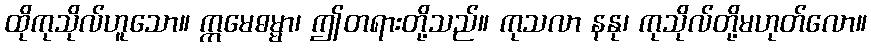
ထိုကုသိုလ်ဟူသော။ ဣမေဓမ္မာ၊ ဤတရားတို့သည်။ ကုသလာ နနု၊ ကုသိုလ်တို့မဟုတ်လော။